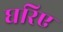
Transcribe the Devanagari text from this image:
घरिए